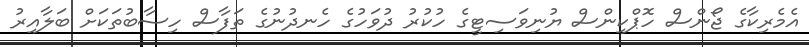
އެމެރިކާގެ ޖޯންސް ހޮޕްކިންސް ޔުނިވަސިޓީގެ ހުކުރު ދުވަހުގެ ހެނދުނުގެ ތަފާސް ހިސާބުތަކަށް ބަލާއިރު